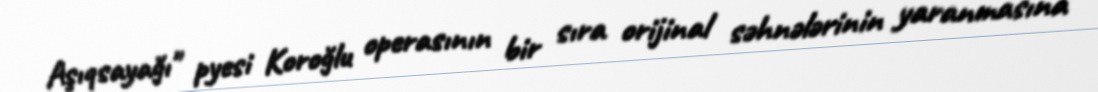
Aşıqsayağı" pyesi Koroğlu operasının bir sıra orijinal səhnələrinin yaranmasına